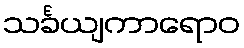
သင်္ခယျကာရောဝ